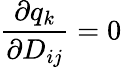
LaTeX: \frac{\partial q_{k}}{\partial D_{ij}}=0